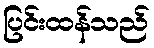
ပြင်းထန်သည်